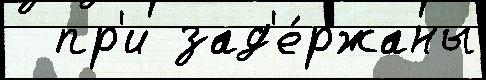
  пр'и зад'е́ржаны